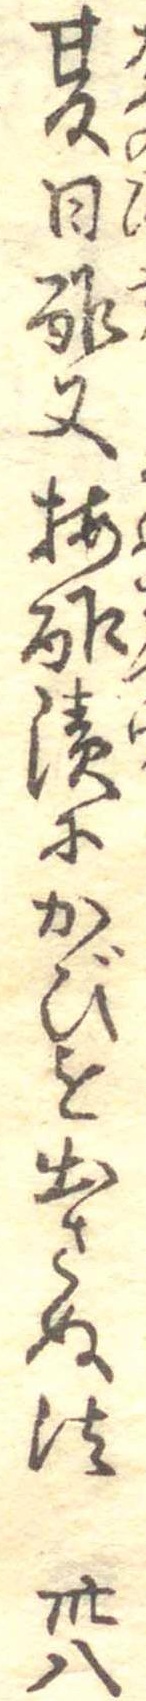
夏日酢又梅酢漬にかびを出さぬ法卅八